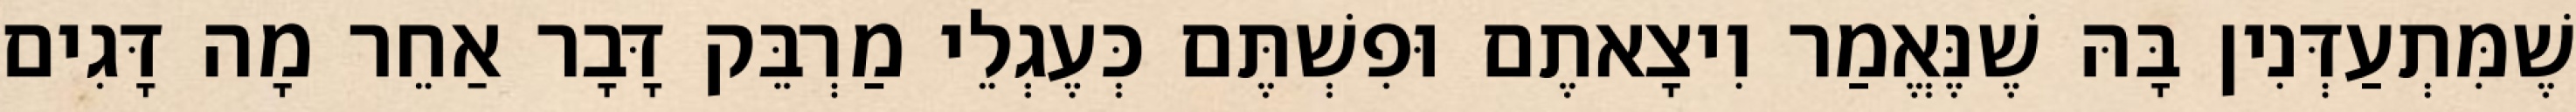
שֶׁמִּתְעַדְּנִין בָּהּ שֶׁנֶּאֱמַר וִיצָאתֶם וּפִשְׁתֶּם כְּעֶגְלֵי מַרְבֵּק דָּבָר אַחֵר מָה דָּגִים